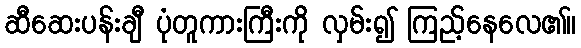
ဆီဆေးပန်းချီ ပုံတူကားကြီးကို လှမ်း၍ ကြည့်နေလေ၏။